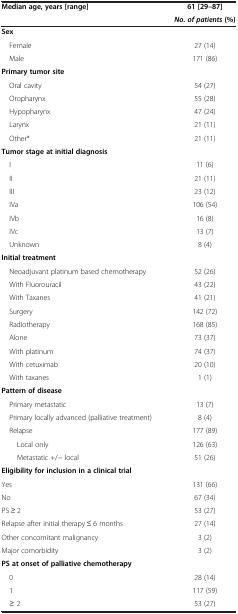
| Median age, years [range] | 61 [29–87] |
 |  | No. of patients (%) |
 | --- | --- |
 | Sex |  |
 | Female | 27 (14) |
 | Male | 171 (86) |
 | Primary tumor site |  |
 | Oral cavity | 54 (27) |
 | Oropharynx | 55 (28) |
 | Hypopharynx | 47 (24) |
 | Larynx | 21 (11) |
 | Other* | 21 (11) |
 | Tumor stage at initial diagnosis |  |
 | I | 11 (6) |
 | II | 21 (11) |
 | III | 23 (12) |
 | IVa | 106 (54) |
 | IVb | 16 (8) |
 | IVc | 13 (7) |
 | Unknown | 8 (4) |
 | Initial treatment |  |
 | Neoadjuvant platinum based chemotherapy | 52 (26) |
 | With Fluorouracil | 43 (22) |
 | With Taxanes | 41 (21) |
 | Surgery | 142 (72) |
 | Radiotherapy | 168 (85) |
 | Alone | 73 (37) |
 | With platinum | 74 (37) |
 | With cetuximab | 20 (10) |
 | With taxanes | 1 (1) |
 | Pattern of disease |  |
 | Primary metastatic | 13 (7) |
 | Primary locally advanced (palliative treatment) | 8 (4) |
 | Relapse | 177 (89) |
 | Local only | 126 (63) |
 | Metastatic +/- local | 51 (26) |
 | <COLSPAN=2> Eligibility for inclusion in a clinical trial |
 | Yes | 131 (66) |
 | No | 67 (34) |
 | PS ≥ 2 | 53 (27) |
 | Relapse after initial therapy ≤ 6 months | 27 (14) |
 | Other concomitant malignancy | 3 (2) |
 | Major comorbidity | 3 (2) |
 | <COLSPAN=2> PS at onset of palliative chemotherapy |
 | 0 | 28 (14) |
 | 1 | 117 (59) |
 | ≥ 2 | 53 (27) |